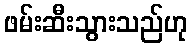
ဖမ်းဆီးသွားသည်ဟု